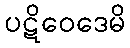
ပဋိဝေဒေမိ